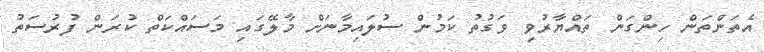
އެތަންތަން ހިންގަން ތައްޔާރުވި ވަގުތު ކަމުން ސުލައިމާނަށް މާލޭގައި މަސައްކަތް ކުރަން ފުރުސަތު